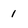
Character: 1